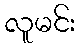
လူမင်း